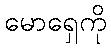
မောရှေကို